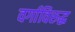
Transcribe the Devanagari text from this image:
वर्गाविरुद्ध